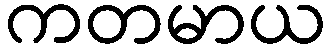
ကတမာယ